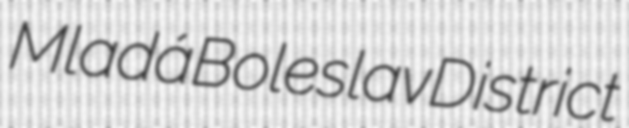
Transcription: Mladá Boleslav District